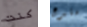
كنت متبرع